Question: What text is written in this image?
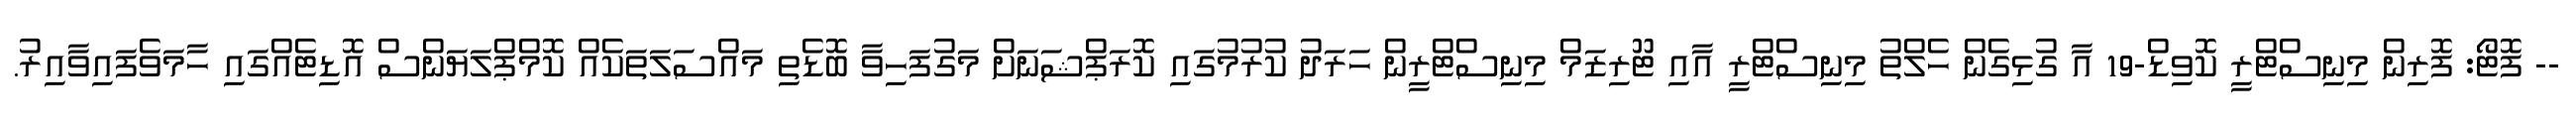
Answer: -- ފޮޓޯ: ފޮރިން މިނިސްޓްރީ ކޮވިޑް-19 އާ ގުޅިގެން ހެލްތު މިނިސްޓްރީ އާއި ޓޫރިޒަމް މިނިސްޓްރީން ހަރަދު ކުރުމުގައި ކޮރަޕްޝަނަށް މަގުފަހިވާ ބޮޑެތި މައްސަލަތަކެއް ކޮމްޕްލަޔަންސް އޮޑިޓެއްގައި ހާމަވެފައިވާއިރު.